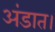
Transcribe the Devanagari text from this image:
अंडात।